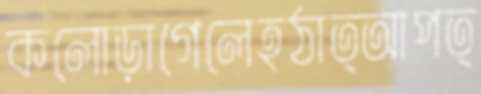
কলোড়াগেলেহঠাত্আপত্